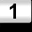
Digit: 1